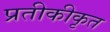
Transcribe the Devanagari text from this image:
प्रतीकीकृत